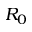
R _ { 0 }